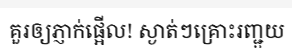
គួរឲ្យភ្ញាក់ផ្អើល! ស្ងាត់ៗគ្រោះរញ្ជួយ